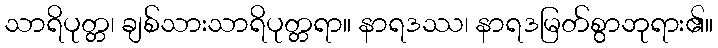
သာရိပုတ္တ၊ ချစ်သားသာရိပုတ္တရာ။ နာရဒဿ၊ နာရဒမြတ်စွာဘုရား၏။